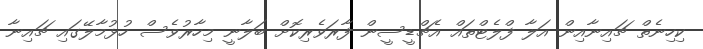
ކިހިނެތް ޗައިނާއިން އަލާ ފްލެޓްތައް އެޗްޑީސީން ފާރަވެރިކޮށް ބަލާނީ މިހާރުވެސް ހުޅުމާލޭގައި ޗައިނާ